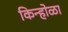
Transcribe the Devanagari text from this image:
किन्होळा